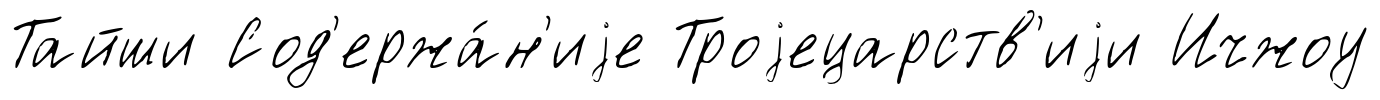
Тайши Сод'ержа́н'иjе Троjецарств'иjи Ичжоу